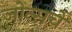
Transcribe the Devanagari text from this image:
जोन्सचे